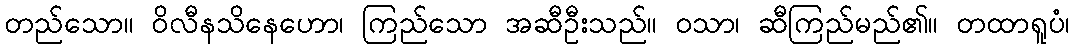
တည်သော။ ဝိလီနသိနေဟော၊ ကြည်သော အဆီဦးသည်။ ဝသာ၊ ဆီကြည်မည်၏။ တထာရူပံ၊